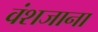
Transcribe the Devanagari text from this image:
वंशजाना